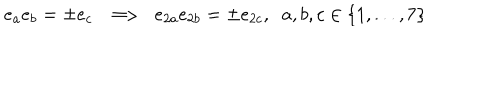
e _ { a } e _ { b } = \pm e _ { c } \; \; \Longrightarrow \; \; e _ { 2 a } e _ { 2 b } = \pm e _ { 2 c } , \; \; a , b , c \in \{ 1 , . . . , 7 \}